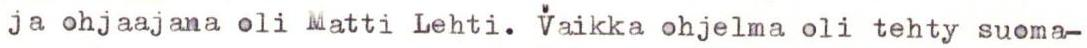
ja ohjaajana oli Matti Lehti. Vaikka ohjelma oli tehty suoma-